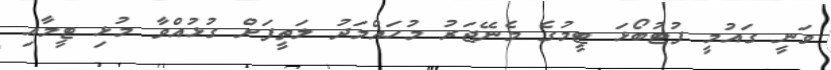
ވަނީ ގައުމީ ފުޓުބޯޅަ ޓީމުގެ މެނޭޖަރު މުހައްމަދު ލަތީފަށް ގުޅުއްވާ މުޅި ޓީމާއި